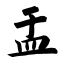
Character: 盂